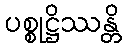
ပစ္စုဋ္ဌိဿန္တိ